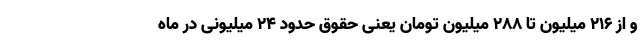
و از ۲۱۶ میلیون تا ۲۸۸ میلیون تومان یعنی حقوق حدود ۲۴ میلیونی در ماه